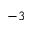
^ { - 3 }